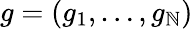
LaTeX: g=(g_{1},\dotsc,g_{\mathbb{N}})